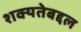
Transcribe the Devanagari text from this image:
शक्यतेबद्दल